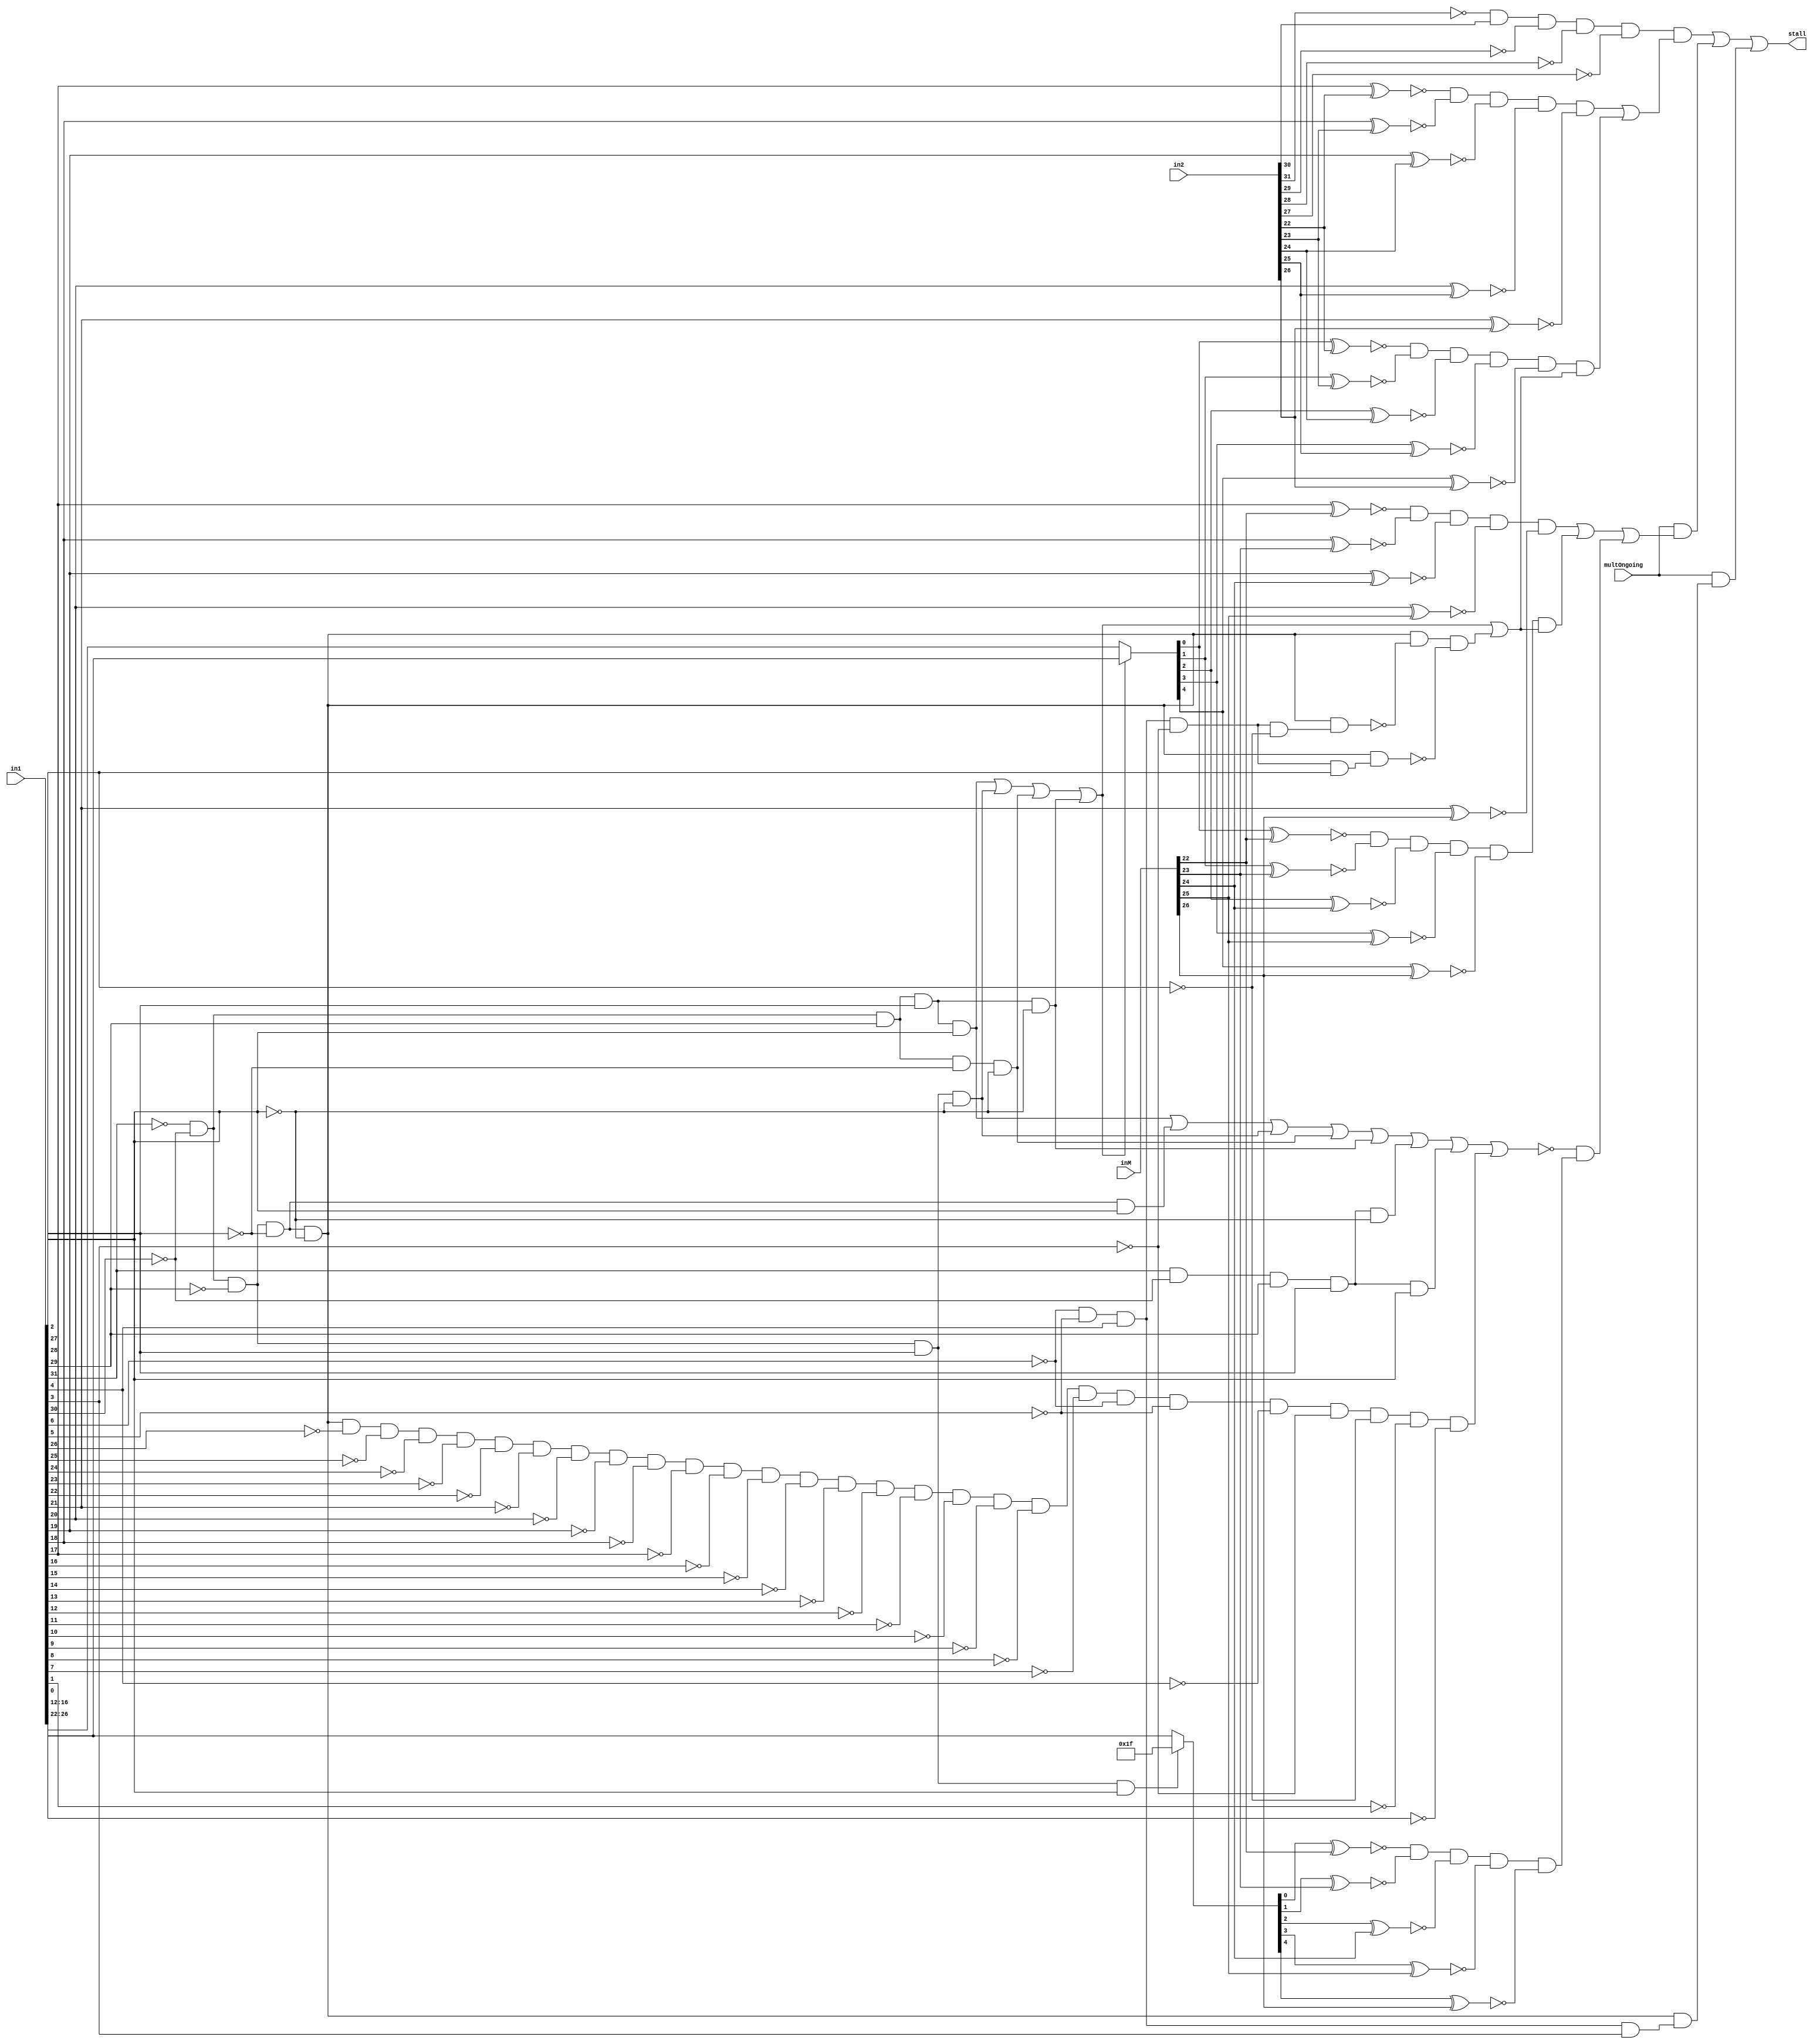
module stallController(in1,in2,inM,stall,multOngoing);

input [31:0]in1, in2,inM;
input multOngoing;
output stall;

wire isLW,isMult1;
assign isLW=~in2[31]&in2[30]&~in2[29]&~in2[28]&~in2[27];
assign isMult1 = (~in1[31]&~in1[30]&~in1[29]&~in1[28]&~in1[27])&(~in1[6]&~in1[5]&in1[4]&in1[3]);



wire dx_sll,dx_srr,dx_sw,dx_bne,dx_jr,dx_blt, usesRT,usesRD,isJal;
assign dx_sll= (~in1[31]&~in1[30]&~in1[29]&~in1[28]&~in1[27])&(~in1[6]&~in1[5]&in1[4]&~in1[3]&~in1[2]);
assign dx_srr= (~in1[31]&~in1[30]&~in1[29]&~in1[28]&~in1[27])&(~in1[6]&~in1[5]&in1[4]&~in1[3]&in1[2]);
assign usesRT=(~in1[31]&~in1[30]&~in1[29]&~in1[28]&~in1[27])&~dx_sll&~dx_srr;

assign dx_sw=(~in1[31]&~in1[30]&in1[29]&in1[28]&in1[27]);
assign dx_bne=(~in1[31]&~in1[30]&~in1[29]&in1[28]&~in1[27]);
assign dx_blt=(~in1[31]&~in1[30]&in1[29]&in1[28]&~in1[27]);
assign dx_jr=(~in1[31]&~in1[30]&in1[29]&~in1[28]&~in1[27]);

assign isJal =(~in1[31]&~in1[30]&~in1[29]&in1[28]&in1[27]);

assign usesRD= (dx_sw|dx_bne|dx_jr|dx_blt);





wire in1_sw,in1_j,in1_bne,in1_jal,in1_jr,in1_blt,in1_bex,in1_setx,in1_noop;
assign in1_sw=(~in1[31]&~in1[30]&in1[29]&in1[28]&in1[27]);
assign in1_j=(~in1[31]&~in1[30]&~in1[29]&~in1[28]&in1[27]);
assign in1_bne=(~in1[31]&~in1[30]&~in1[29]&in1[28]&~in1[27]);
assign in1_jal=(~in1[31]&~in1[30]&~in1[29]&in1[28]&in1[27]);
assign in1_jr=(~in1[31]&~in1[30]&in1[29]&~in1[28]&~in1[27]);
assign in1_blt=(~in1[31]&~in1[30]&in1[29]&in1[28]&~in1[27]);
assign in1_bex=(in1[31]&~in1[30]&in1[29]&in1[28]&~in1[27]);
assign in1_setx=(in1[31]&~in1[30]&in1[29]&in1[28]&in1[27]);
assign in1_noop=(~in1[31]&~in1[30]&~in1[29]&~in1[28]&~in1[27]&
					 ~in1[26]&~in1[25]&~in1[24]&~in1[23]&~in1[22]&
					 ~in1[21]&~in1[20]&~in1[19]&~in1[18]&~in1[17]&
					 ~in1[16]&~in1[15]&~in1[14]&~in1[13]&~in1[12]&
					 ~in1[11]&~in1[10]&~in1[9]&~in1[8]&~in1[7]&~
					 in1[6]&~in1[5]&~in1[4]&~in1[3]&~in1[2]&~in1[1]&~in1[0]);

assign in1WritesRD= ~(in1_sw|in1_j|in1_bne|in1_jr|in1_blt|in1_bex|in1_setx|in1_noop);







wire rsMatch, rtMatch, rsMultMatch, rtMultMatch,rdMultMatch;
wire [4:0]rsBitMatch,rtBitMatch,rs,rt,rd, rsMBitMatch, rdMBitMatch,rtMBitMatch;

assign rs=in1[21:17];
assign rt= usesRD? in1[26:22] :in1[16:12];
assign rd= isJal ?{32{1'b1}} :in1[26:22];

xnor(rsBitMatch[0],rs[0],in2[22]);
xnor(rsBitMatch[1],rs[1],in2[23]);
xnor(rsBitMatch[2],rs[2],in2[24]);
xnor(rsBitMatch[3],rs[3],in2[25]);
xnor(rsBitMatch[4],rs[4],in2[26]);
and(rsMatch,rsBitMatch[0],rsBitMatch[1],rsBitMatch[2],rsBitMatch[3],rsBitMatch[4]);

xnor(rtBitMatch[0],rt[0],in2[22]);
xnor(rtBitMatch[1],rt[1],in2[23]);
xnor(rtBitMatch[2],rt[2],in2[24]);
xnor(rtBitMatch[3],rt[3],in2[25]);
xnor(rtBitMatch[4],rt[4],in2[26]);
and(rtMatch,rtBitMatch[0],rtBitMatch[1],rtBitMatch[2],rtBitMatch[3],rtBitMatch[4]);


xnor(rsMBitMatch[0],rs[0],inM[22]);
xnor(rsMBitMatch[1],rs[1],inM[23]);
xnor(rsMBitMatch[2],rs[2],inM[24]);
xnor(rsMBitMatch[3],rs[3],inM[25]);
xnor(rsMBitMatch[4],rs[4],inM[26]);
and(rsMultMatch,rsMBitMatch[0],rsMBitMatch[1],rsMBitMatch[2],rsMBitMatch[3],rsMBitMatch[4]);

xnor(rdMBitMatch[0],rd[0],inM[22]);
xnor(rdMBitMatch[1],rd[1],inM[23]);
xnor(rdMBitMatch[2],rd[2],inM[24]);
xnor(rdMBitMatch[3],rd[3],inM[25]);
xnor(rdMBitMatch[4],rd[4],inM[26]);
and(rdMultMatch,rdMBitMatch[0],rdMBitMatch[1],rdMBitMatch[2],rdMBitMatch[3],rdMBitMatch[4]);

xnor(rtMBitMatch[0],rt[0],inM[22]);
xnor(rtMBitMatch[1],rt[1],inM[23]);
xnor(rtMBitMatch[2],rt[2],inM[24]);
xnor(rtMBitMatch[3],rt[3],inM[25]);
xnor(rtMBitMatch[4],rt[4],inM[26]);
and(rtMultMatch,rtMBitMatch[0],rtMBitMatch[1],rtMBitMatch[2],rtMBitMatch[3],rtMBitMatch[4]);



wire match, multMatch;
assign match = (rsMatch|(rtMatch&(usesRD|usesRT)));
assign multMatch = (rsMultMatch|(rtMultMatch&(usesRD|usesRT))|(in1WritesRD&rdMultMatch));

assign stall= (isLW & match)|(multOngoing&multMatch)|(multOngoing&(isMult1));
//assign debugMultMatch=multMatch;

endmodule